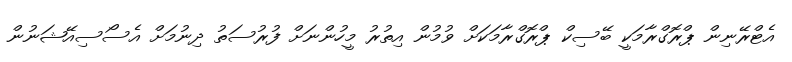
އެޓްރޭނިން ޕްރޮގްރާމަކީ ބޭސިކް ޕްރޮގްރާމަކަށް ވުމުން އިތުރު މީހުންނަށް ފުރުސަތު ދިނުމަށް އެސޯސިއޭޝަނުން